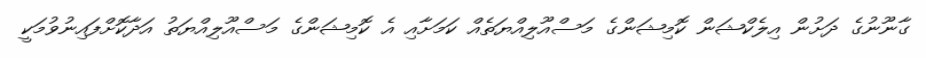
ގާނޫނުގެ ދަށުން އިލެކްޝަން ކޮމިޝަންގެ މަސްއޫލިއްޔަތެއް ކަމަށާއި އެ ކޮމިޝަންގެ މަސްއޫލިއްޔަތު އަދާކޮށްފައިނުވުމަކީ